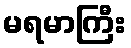
မရမာကြီး